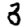
Digit: 3